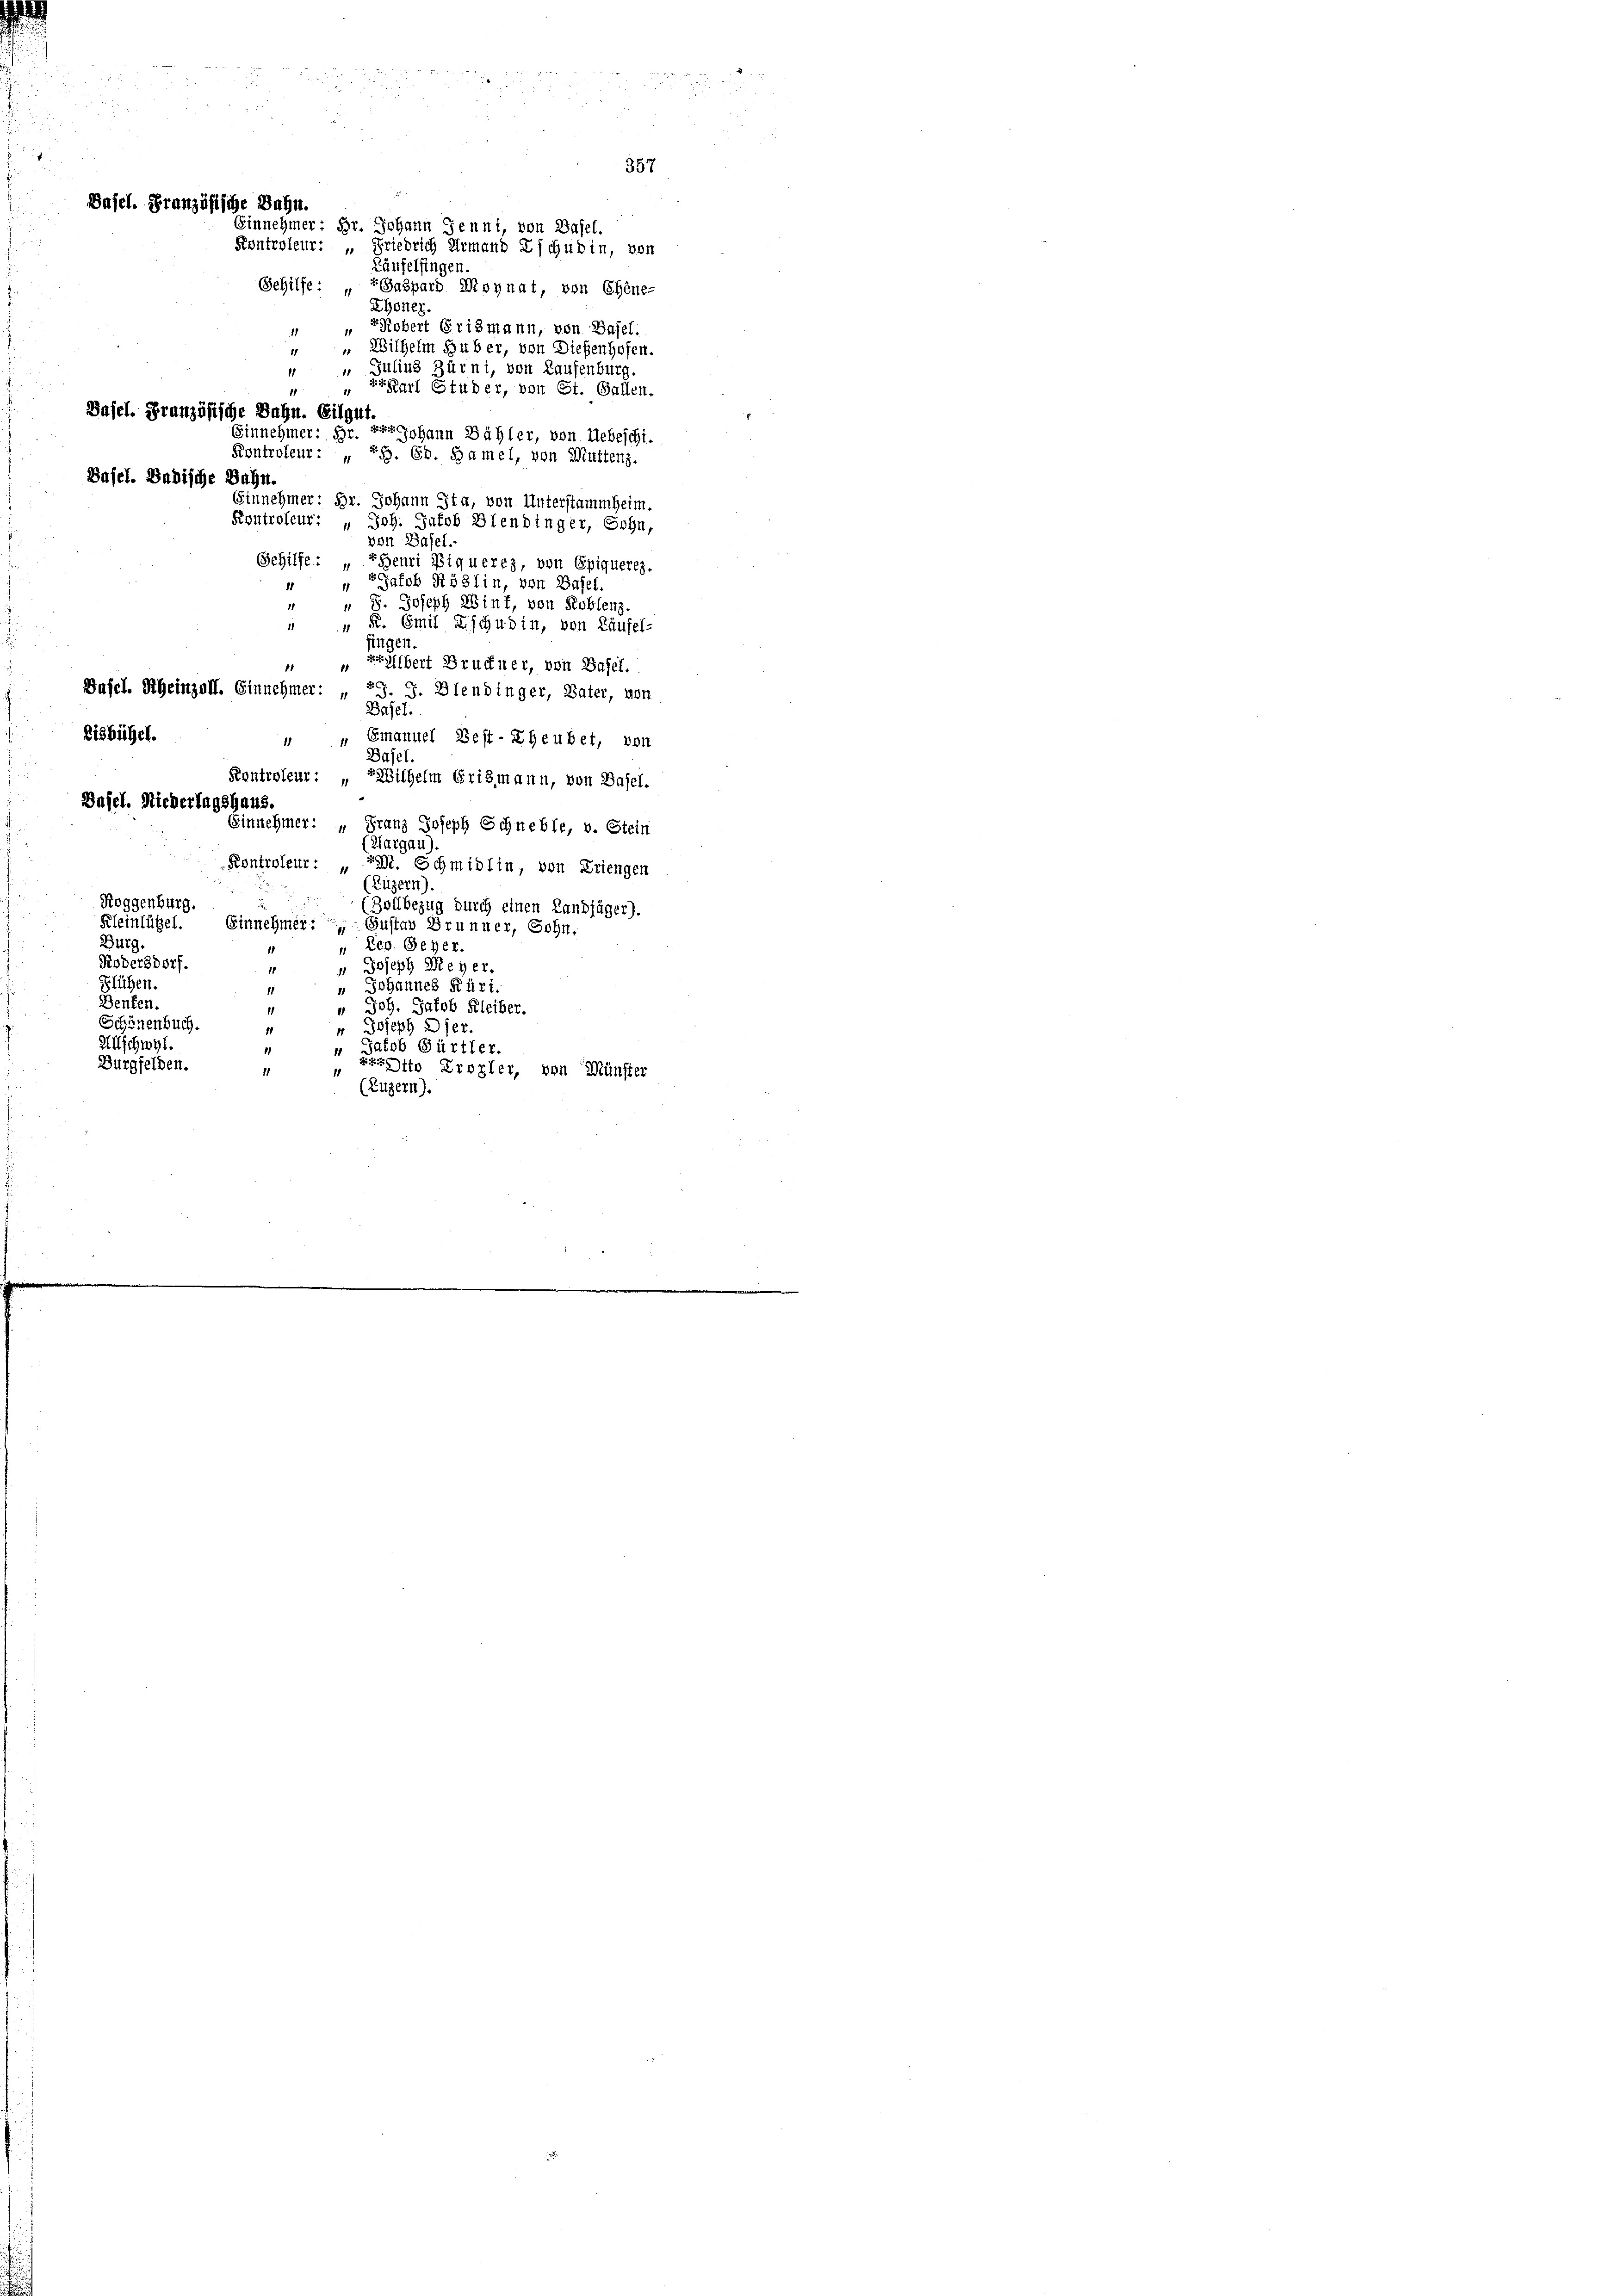
Basel. Badische Bahn.

357
Basel. Französische Bahn.
Einnehmer; Hr. Johann Jenni, von Basel.
Kontroleur: „Friedrich ermand Eschubin, von
Käufelfingen.
Gehilfe: "Gaspard Monnat, von Ehene-
Rhoner.

Robert Erismann, von Basel.
"Wilhelm Huber, von Dießenhofen.
„ Julius Zürni, von Laufenburg.
1
rr Karl Studer, von St. Gallen.
Basel. Französische Bahn. Eilgut.
Einnehmer; Hr. Pr. Johann Bähler, von Uebeschi.
Kontroleur: „ 75. Ed. Samel, von Muttenz.
Einnehmer: Dr. Johann Jta; von Unterstammheim.
Kontroleur: „Joh. Jakob Blendinger, Sohn,
von Basel.
EHenri Biqueres, von Epiqueres.
Gehilfe. Galob Nödlin, von Basel.
1
" " 8. Joseph Winf, von Koblenz.
" " K. Emil Zschudin, von Käufel-
fingen.
zralbert Bruckner, von Basel.
.
Basel. Rheinzell. Einnehmer: „ J. J. Blendinger, Vater, von
Basel.
disbühel.
Emanuel Best-Eheubet, von
1
Basel.
Kontroleur: „Wilhelm Grismann, von Basel.
Basel. Nicherlagshaus.
Einnehmer: „Franz Joseph Schneble, v. Stein
Margau)
Kontroleur: „Tast. Schmidlin, von Kriengen
(Luzern).
Roggenburg.
(Zollbezug durch einen Landjäger).
Kleinlützel. Einnehmer: Gustav Brunner, Sohn,
Burg.
Leo. Seher
Ködersdorf.
 Joseph Meyer.
1
Glühen.
Johannes Rüri.
Benten.
Joh. Jakob Kleiber.
11
Schönenbuch.
Joseph Aser.
Allschwyl.
Jakob Gürtler.
Burgfelden.
e Otto Erozler, von Münster
1
(Luzern).